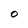
Character: O